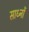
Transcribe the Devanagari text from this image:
साध्नों